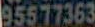
95577363